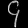
Digit: ၄